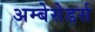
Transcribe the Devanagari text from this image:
अम्बेसेडर्स